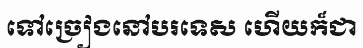
ទៅច្រៀងនៅបរទេស ហើយក៏ជា